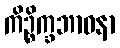
ကိဉ္စိက္ခဘာဝနာ